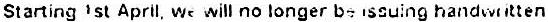
STARTING 1ST APRIL, WE WILL NO LONGER BE ISSUING HANDWRITTEN